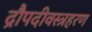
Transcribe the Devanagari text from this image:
द्रौपदीवस्त्रहरण